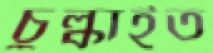
চুল্‌কাইত